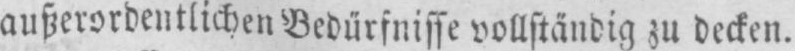
außerordentlichen Bedürfnisse vollständig zu decken.